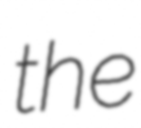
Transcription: the